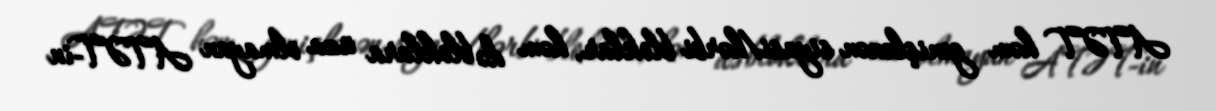
ATƏT həm genişlənən siyasi/hərbi bloklar, həm də bloklara üzv olmayan ATƏT-in